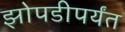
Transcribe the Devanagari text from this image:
झोपडीपर्यंत